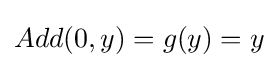
Add(0,y)=g(y)=y